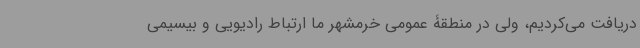
دریافت می‌کردیم، ولی در منطقۀ عمومی خرمشهر ما ارتباط رادیویی و بیسیمی